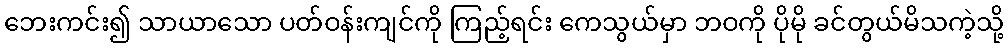
ဘေးကင်း၍ သာယာသော ပတ်ဝန်းကျင်ကို ကြည့်ရင်း ကေသွယ်မှာ ဘဝကို ပိုမို ခင်တွယ်မိသကဲ့သို့